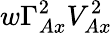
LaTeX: w\Gamma_{Ax}^{2}V_{Ax}^{2}